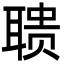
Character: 聩